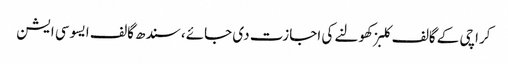
کراچی کے گالف کلبز کھولنے کی اجازت دی جائے، سندھ گالف ایسوسی ایشن